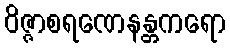
ဝိဇ္ဇာစရဏေနန္တကရော